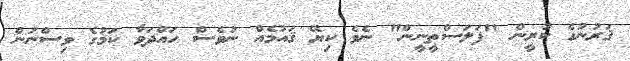
ޤަރުނުގެ ކުރީން "ފަލަސްޠީނީން" ނެވެ ކިޔޭ ޤައުމެއް ނުވެސް ހައްދަވާ ކަމުގެ ވިސްނުން